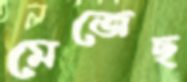
মেজেছ